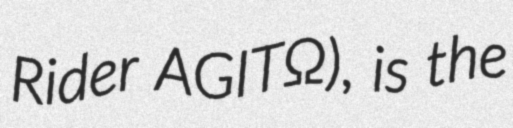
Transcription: Rider ΑGITΩ), is the